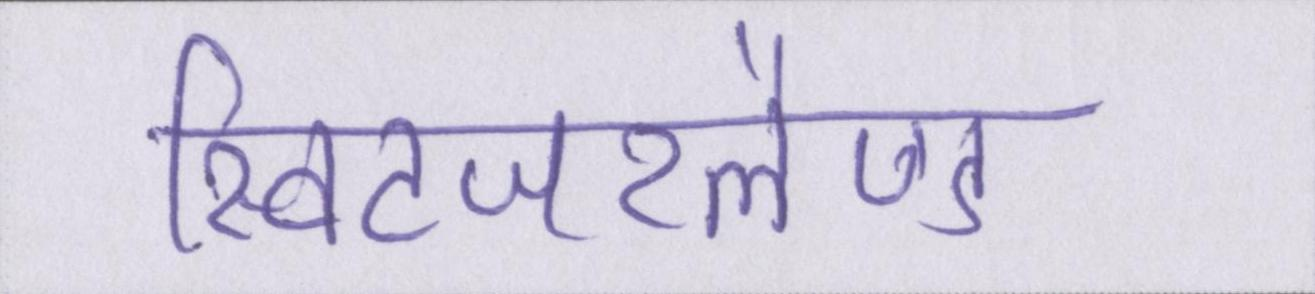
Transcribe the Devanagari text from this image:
स्विटजरलैण्ड